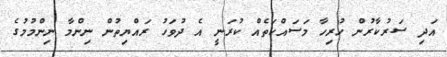
އަދި ސަރުކާރުން ހުރިހާ މަސައްކަތެއް ކުރަނީ އެ ދުވަހު ރައްޔިތުން ނިންމާ ނިންމުމުގެ